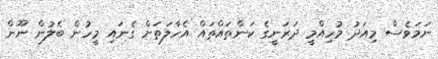
ނަމަވެސް މިއަދު މުހިއްމީ ދަރަނީގެ ކަންތައްތައް އެހާލަތަށް ގެނައި މީހުން ބެލުން ނޫން